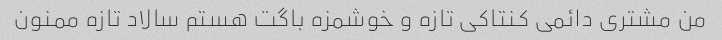
من مشتری دائمی کنتاکی تازه و خوشمزه باگت هستم سالاد تازه ممنون